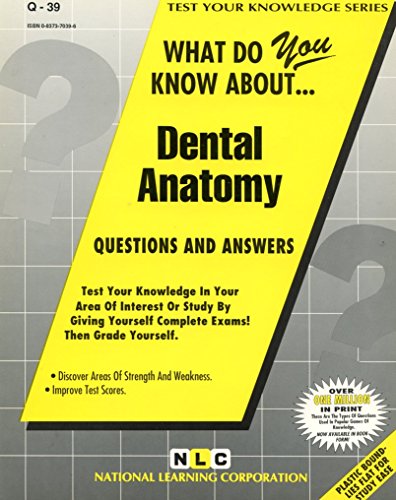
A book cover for DENTAL ANATOMY (Test Your Knowledge Series) (Passbooks) (TEST YOUR KNOWLEDGE SERIES (Q)); Jack Rudman; Medical Books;